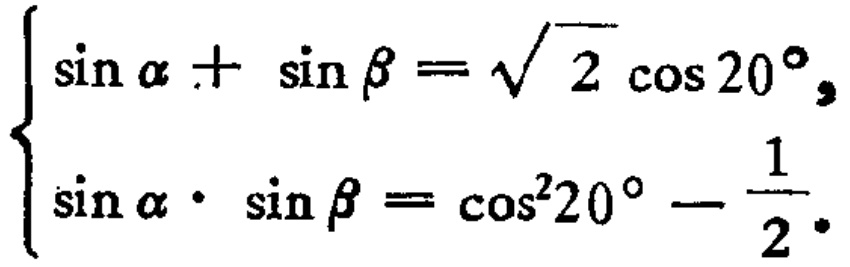
$\begin{cases}
\sin\alpha+\sin\beta = \sqrt{2}\cos20^{\circ},\\
\sin\alpha\cdot\sin\beta=\cos^{2}20^{\circ}-\frac{1}{2}.
\end{cases}$